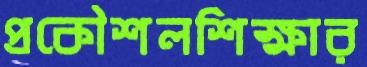
প্রকৌশলশিক্ষার